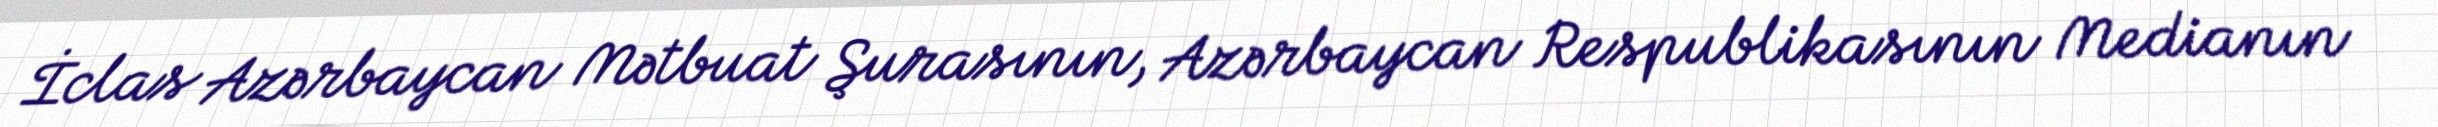
İclas Azərbaycan Mətbuat Şurasının, Azərbaycan Respublikasının Medianın